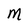
Character: M